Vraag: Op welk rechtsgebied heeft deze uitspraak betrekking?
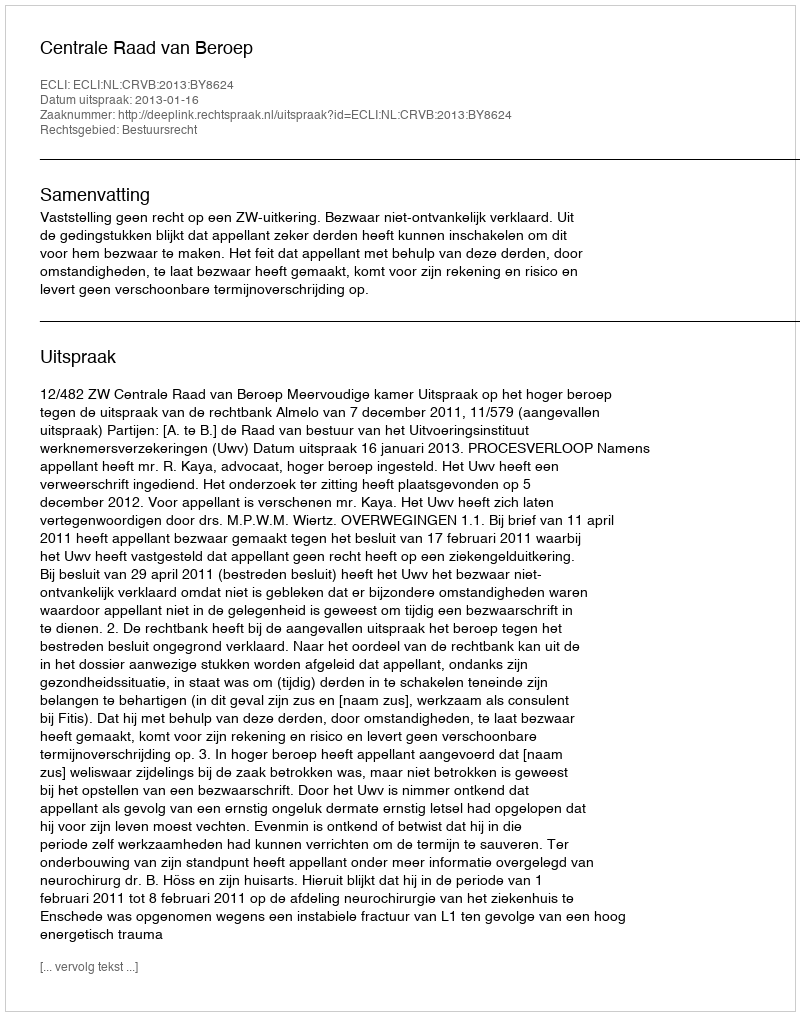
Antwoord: Bestuursrecht